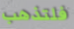
فلتذهب